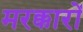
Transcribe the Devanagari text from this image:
मरक्कारों